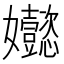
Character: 𡤵